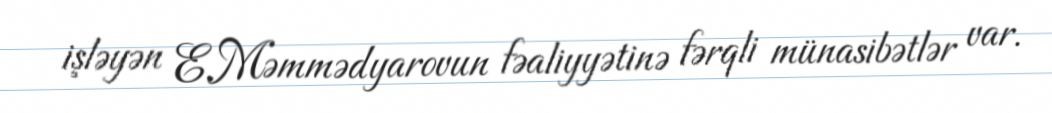
işləyən E.Məmmədyarovun fəaliyyətinə fərqli münasibətlər var.